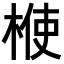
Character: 𣔤